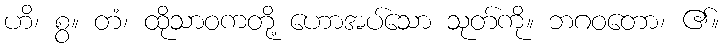
ဟိ၊ စွ။ တံ၊ ထိုသာဝကတို့ ဟောအပ်သော သုတ်ကို။ ဘဂဝတော၊ ၏။